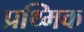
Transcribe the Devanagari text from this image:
प्रथ्मिक